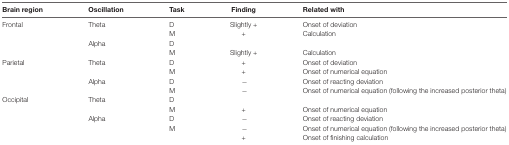
<table><thead><tr><td><b>Brain region</b></td><td><b>Oscillation</b></td><td><b>Task</b></td><td><b>Finding</b></td><td><b>Related with</b></td></tr></thead><tbody><tr><td>Frontal</td><td>Theta</td><td>D</td><td>Slightly +</td><td>Onset of deviation</td></tr><tr><td></td><td></td><td>M</td><td>+</td><td>Calculation</td></tr><tr><td></td><td>Alpha</td><td>D</td><td></td><td></td></tr><tr><td></td><td></td><td>M</td><td>Slightly +</td><td>Calculation</td></tr><tr><td>Parietal</td><td>Theta</td><td>D</td><td>+</td><td>Onset of deviation</td></tr><tr><td></td><td></td><td>M</td><td>+</td><td>Onset of numerical equation</td></tr><tr><td></td><td>Alpha</td><td>D</td><td>−</td><td>Onset of reacting deviation</td></tr><tr><td></td><td></td><td>M</td><td>−</td><td>Onset of numerical equation (following the increased posterior theta)</td></tr><tr><td>Occipital</td><td>Theta</td><td>D</td><td></td><td></td></tr><tr><td></td><td></td><td>M</td><td>+</td><td>Onset of numerical equation</td></tr><tr><td></td><td>Alpha</td><td>D</td><td>−</td><td>Onset of reacting deviation</td></tr><tr><td></td><td></td><td>M</td><td>−</td><td>Onset of numerical equation (following the increased posterior theta)</td></tr><tr><td></td><td></td><td></td><td>+</td><td>Onset of finishing calculation</td></tr></tbody></table>